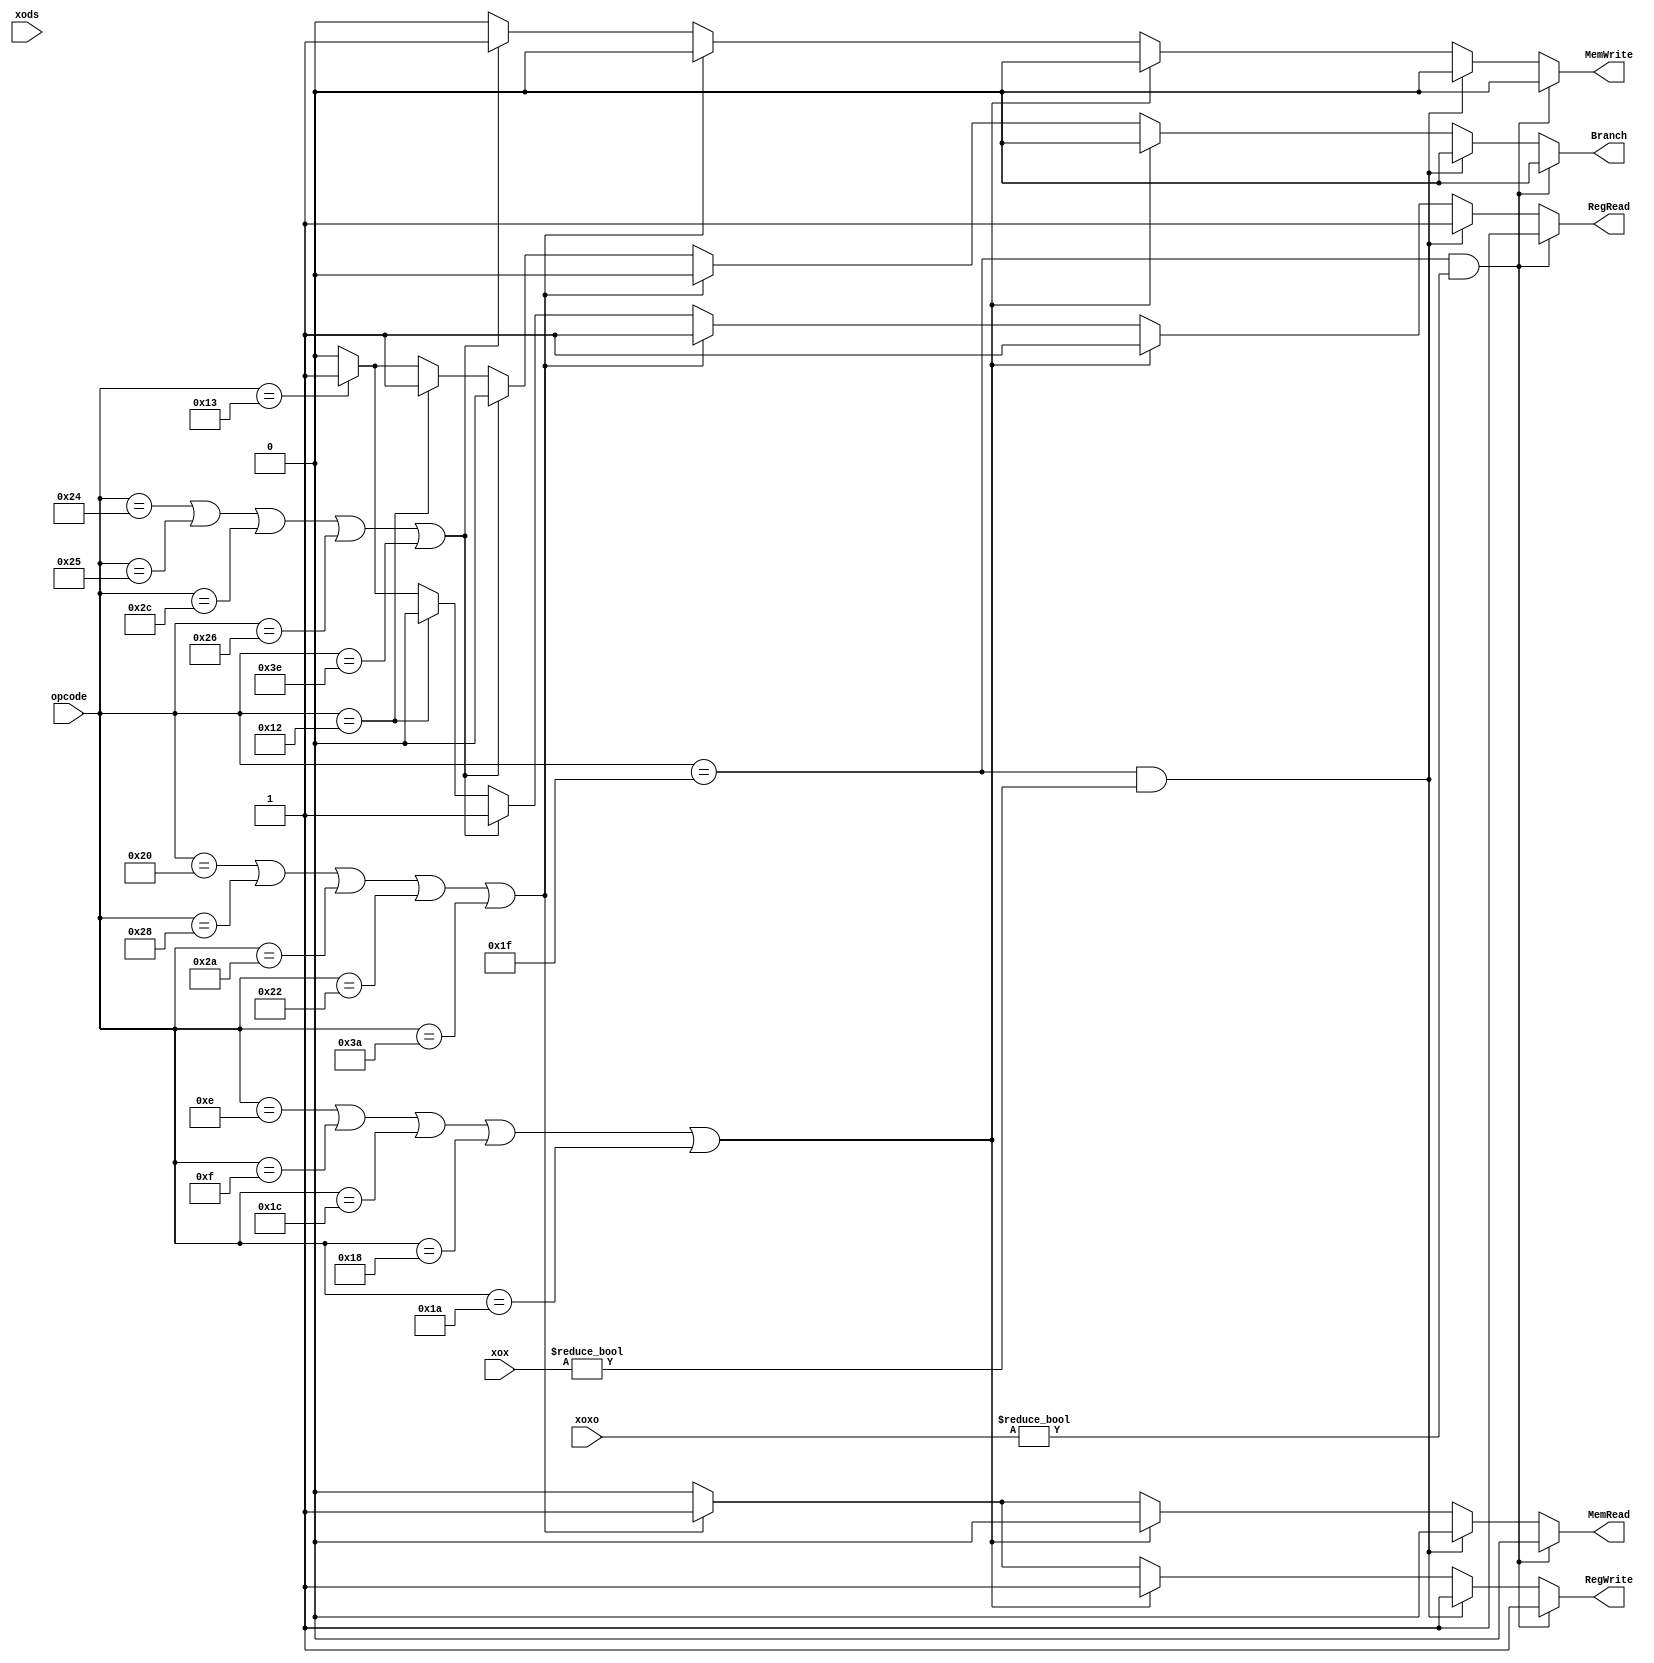


module control_unit (
    output reg RegRead,
               RegWrite,
               MemRead,
               MemWrite,
               Branch,
    input [5:0] opcode,
    input [8:0] xoxo,
    input [9:0] xox,
    input [1:0] xods
);

always @(opcode, xoxo, xox, xods)
  begin
      //RESET TO 0
      MemRead = 1'b0;
      MemWrite = 1'b0;
      RegWrite = 1'b0;
      RegRead = 1'b0;
      Branch = 1'b0;
      
      //XO 
      if(opcode == 6'd31 & xoxo != 0)
        begin
            RegRead = 1'b1;
            RegWrite = 1'b1;
        end
      
      //X
      else if(opcode == 6'd31 & xox != 0) //X
        begin
            RegRead = 1'b1;
            RegWrite = 1'b1;
        end

        //D-ALU Instructions
      else if(opcode ==  6'd14 | opcode == 6'd15 | opcode == 6'd28 |opcode == 6'd24 |opcode == 6'd26) //D-ALU instructions
        begin
            RegRead = 1'b1;
            RegWrite = 1'b1;
        end

        //D-Load Instructions
      else if(opcode == 6'd32 |opcode == 6'd40 | opcode == 6'd42 |opcode == 6'd34 | opcode == 6'd58) 
        begin
            RegRead = 1'b1;
            RegWrite = 1'b1;
            MemRead = 1'b1;
        end

        //D-Store Instructions
      else if(opcode == 6'd36 | opcode == 6'd37 | opcode == 6'd44 | opcode == 6'd38 | opcode == 6'd62) 
        begin
            RegRead = 1'b1;
            MemWrite = 1'b1;
        end

        //Unconditional Branch
      else if(opcode == 6'd18)
        begin
            Branch = 1'b1;
        end

        //Conditional Branch
      else if(opcode == 6'd19)
        begin
            RegRead = 1'b1;
            Branch = 1'b1;
        end      
  end
  
endmodule